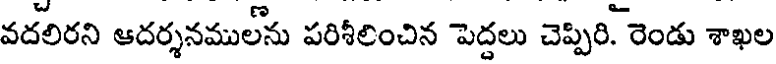
వదలిరని ఆదర్శనముల్ను పరిశీలించిన పెద్దలు చెప్పిరి. రెండు శాఖల